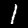
Digit: 1